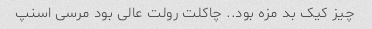
چیز کیک بد مزه بود.. چاکلت رولت عالی بود مرسی اسنپ